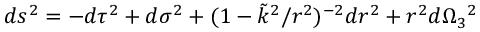
d s ^ { 2 } = - d \tau ^ { 2 } + d \sigma ^ { 2 } + ( 1 - \tilde { k } ^ { 2 } / r ^ { 2 } ) ^ { - 2 } d r ^ { 2 } + r ^ { 2 } d \Omega _ { 3 } { } ^ { 2 }